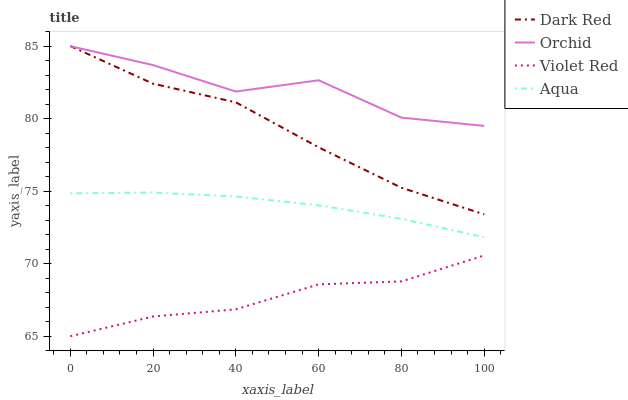
| xaxis_label | Dark Red | Orchid | Violet Red | Aqua |
 | --- | --- | --- | --- | --- |
 | 0 | 85 | 85 | 65 | 74.8 |
 | 20 | 82.4 | 83.7 | 66.4 | 74.9 |
 | 40 | 81.1 | 81.9 | 66.9 | 74.6 |
 | 60 | 78 | 82.6 | 68.6 | 74 |
 | 80 | 75.2 | 80.1 | 68.8 | 73.1 |
 | 100 | 73.4 | 79.5 | 70.6 | 71.8 |